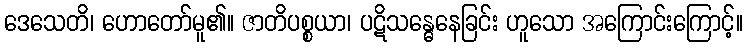
ဒေသေတိ၊ ဟောတော်မူ၏။ ဇာတိပစ္စယာ၊ ပဋိသန္ဓေနေခြင်း ဟူသော အကြောင်းကြောင့်။